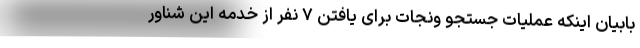
بابیان اینکه عملیات جستجو ونجات برای یافتن ۷ نفر از خدمه این شناور